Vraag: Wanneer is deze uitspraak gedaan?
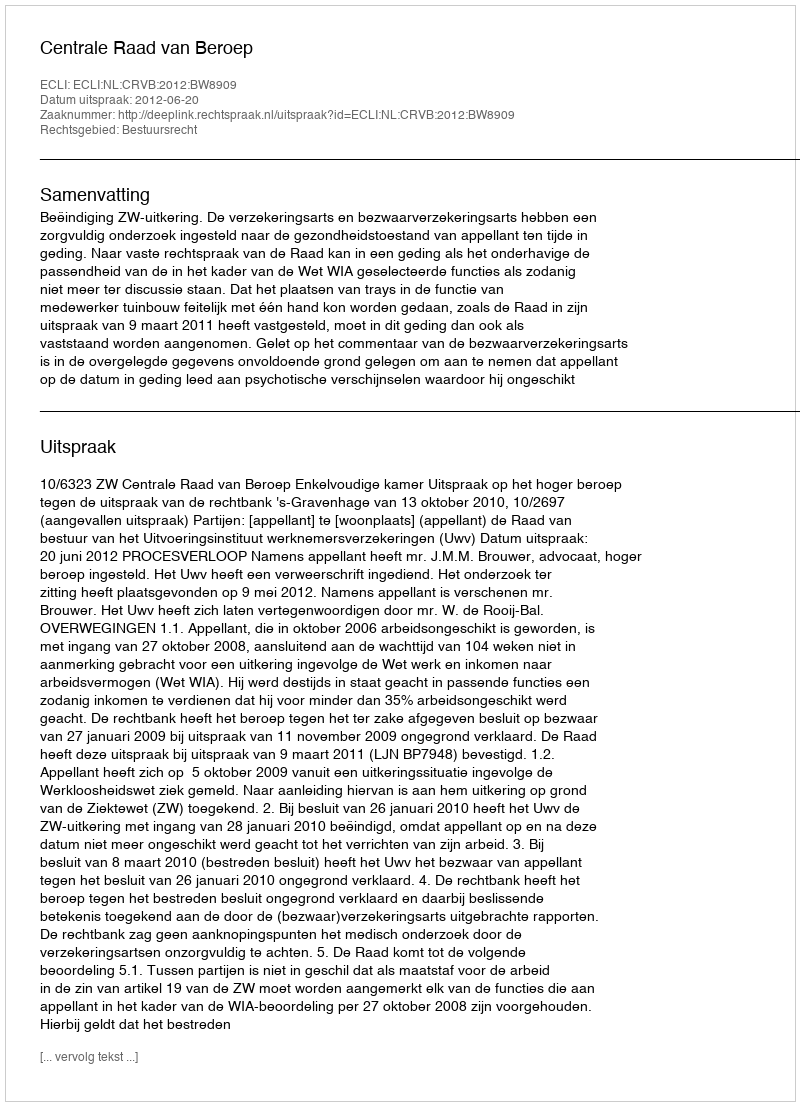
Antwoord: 2012-06-20